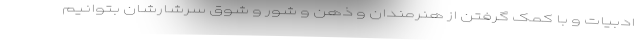
ادبیات و با کمک گرفتن از هنرمندان و ذهن و شور و شوق سرشارشان بتوانیم